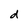
Character: d